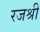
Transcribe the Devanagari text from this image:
रजश्री